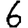
Digit: 6